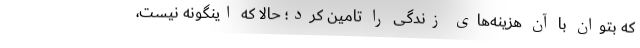
که بتوان با آن هزینه‌های زندگی را تامین کرد؛ حالا که اینگونه نیست،